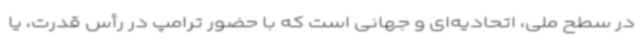
در سطح ملی، اتحادیه‌ای و جهانی است که با حضور ترامپ در رأس قدرت، یا